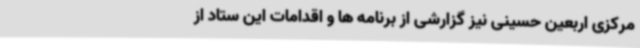
مرکزی اربعین حسینی نیز گزارشی از برنامه ها و اقدامات این ستاد از